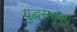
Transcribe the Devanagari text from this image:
युद्धसदृश्य